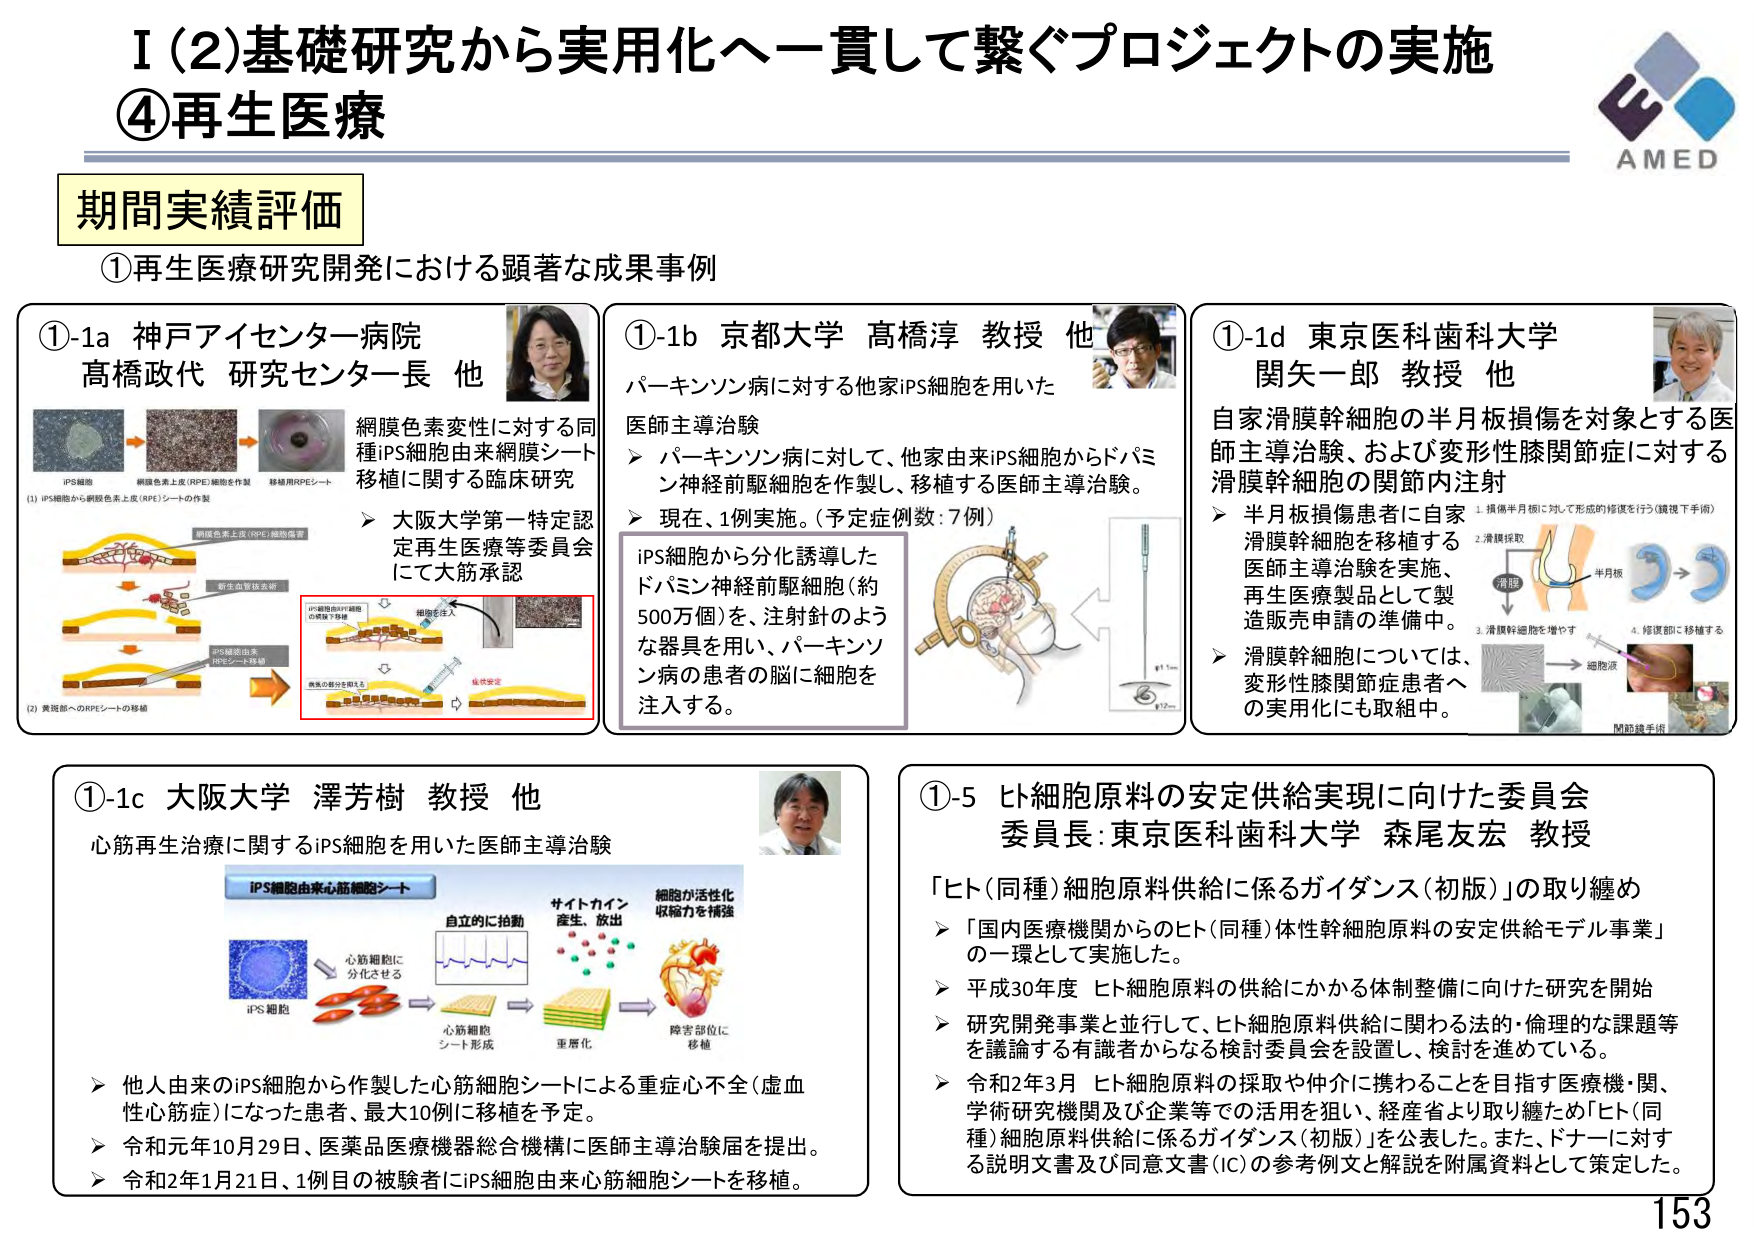
I (2) 基礎研究から実用化へー貫して繋ぐプロジェクトの実施
④再生医療

期間実績評価

①再生医療研究開発における顕著な成果事例

①-1a 神戸アイセンター病院
高橋政代 研究センター長 他

iPS細胞
網膜色素上皮(RPE)細胞を作製
移植用RPEシート

(1) iPS細胞から網膜色素上皮(RPE)シートの作製
網膜色素上皮(RPE)細胞層
新生血管枝を遮断
iPS細胞由来RPE細胞の移植と移植
細胞を注入
病気の部分を抑える
黄斑部へのRPEシートの移植
(2) 黄斑部へのRPEシートの移植

網膜色素変性に対する同種iPS細胞由来網膜シート移植に関する臨床研究
➤ 大阪大学第一特定認定再生医療等委員会にて大筋承認

①-1b 京都大学 高橋淳 教授 他

パーキンソン病に対する他家iPS細胞を用いた医師主導治験
➤ パーキンソン病に対して、他家由来iPS細胞からドパミン神経前駆細胞を作製し、移植する医師主導治験。
➤ 現在、1例実施。(予定症例数:7例)

iPS細胞から分化誘導したドパミン神経前駆細胞(約500万個)を、注射針のような器具を用い、パーキンソン病の患者の脳に細胞を注入する。

①-1d 東京医科歯科大学
関矢一郎 教授 他

自家滑膜幹細胞の半月板損傷を対象とする医師主導治験、および変形性膝関節症に対する滑膜幹細胞の関節内注射
➤ 半月板損傷患者に自家滑膜幹細胞を移植する医師主導治験を実施、再生医療製品として製造販売申請の準備中。
➤ 滑膜幹細胞については、変形性膝関節症患者への実用化にも取組中。

1. 損傷半月板に対して形成的修復を行う(鏡視下手術)
2. 滑膜採取
3. 滑膜幹細胞を増やす
4. 修復部に移植する
半月板
滑膜
細胞液
関節鏡手術

①-1c 大阪大学 澤芳樹 教授 他

心筋再生治療に関するiPS細胞を用いた医師主導治験

iPS細胞由来心筋細胞シート
iPS細胞
心筋細胞に分化させる
心筋細胞シート形成
重層化
サイトカイン産生、放出
細胞が活性化収縮力を補強
障害部位に移植
自立的に拍動

➤ 他人由来のiPS細胞から作製した心筋細胞シートによる重症心不全(虚血性心筋症)になった患者、最大10例に移植を予定。
➤ 令和元年10月29日、医薬品医療機器総合機構に医師主導治験届を提出。
➤ 令和2年1月21日、1例目の被験者にiPS細胞由来心筋細胞シートを移植。

①-5 ヒト細胞原料の安定供給実現に向けた委員会
委員長:東京医科歯科大学 森尾友宏 教授

「ヒト(同種)細胞原料供給に係るガイダンス(初版)」の取り纏め
➤ 「国内医療機関からのヒト(同種)体性幹細胞原料の安定供給モデル事業」の一環として実施した。
➤ 平成30年度 ヒト細胞原料の供給にかかる体制整備に向けた研究を開始
➤ 研究開発事業と並行して、ヒト細胞原料供給に関わる法的・倫理的な課題等を議論する有識者からなる検討委員会を設置し、検討を進めている。
➤ 令和2年3月 ヒト細胞原料の採取や仲介に携わることを目指す医療機・関、学術研究機関及び企業等での活用を狙い、経産省より取り纏めた「ヒト(同種)細胞原料供給に係るガイダンス(初版)」を公表した。また、ドナーに対する説明文書及び同意文書(IC)の参考例文と解説を附属資料として策定した。

AMED
153